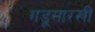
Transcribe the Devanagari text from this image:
गडूसारखी